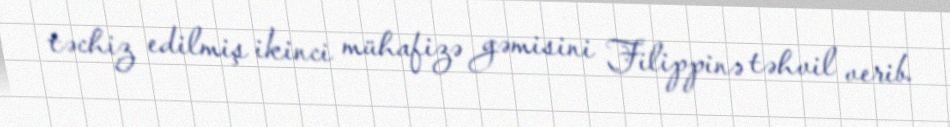
təchiz edilmiş ikinci mühafizə gəmisini Filippinə təhvil verib.